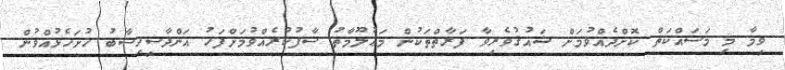
ވީމާ މި މަސައްކަތް ކޮށްދެއްވުމަށް ޝައުޤުވެރިވާ ފަރާތްތަކުން މަޢުލޫމާތު ސާފުކުރެއްވުމަށްފަހު އަންދާސީހިސާބު ހުށަހެޅުއްވުން